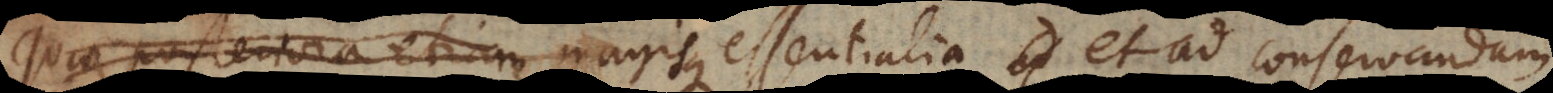
quae posteriora etiam magis essentialia et ad conservandam